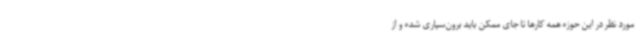
مورد نظر در این حوزه همه کارها تا جای ممکن باید برون‌سپاری شده و از